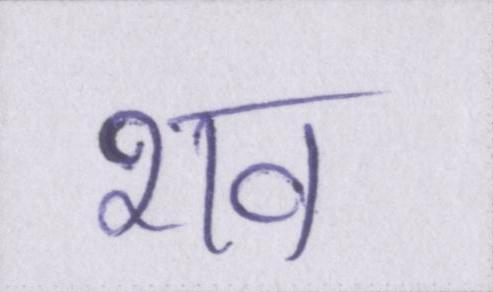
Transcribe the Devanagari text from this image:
शव